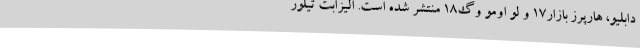
دابلیو، هارپرز بازار۱۷ و لو اومو وُگ۱۸ منتشر شده است. الیزابت تیلور